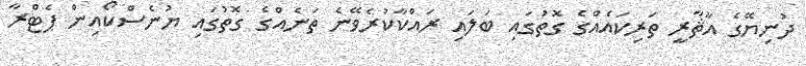
ދުނިޔޭގެ އާޘާރީ ތަރިކައެއްގެ ގޮތުގައި ބަލައި ރައްކާކުރެވޭނެ ތަނެއްގެ ގޮތުގައި ޔުނެސްކޯއިން ޕެޓްރާ